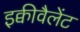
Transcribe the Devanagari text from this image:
इक्वीवैलेंट